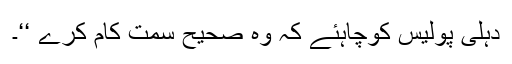
دہلی پولیس کوچاہئے کہ وہ صحیح سمت کام کرے ‘‘۔